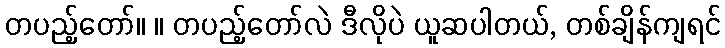
တပည့်တော်။ ။ တပည့်တော်လဲ ဒီလိုပဲ ယူဆပါတယ်, တစ်ချိန်ကျရင်